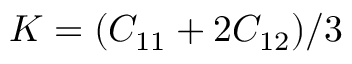
K = ( C _ { 1 1 } + 2 C _ { 1 2 } ) / 3